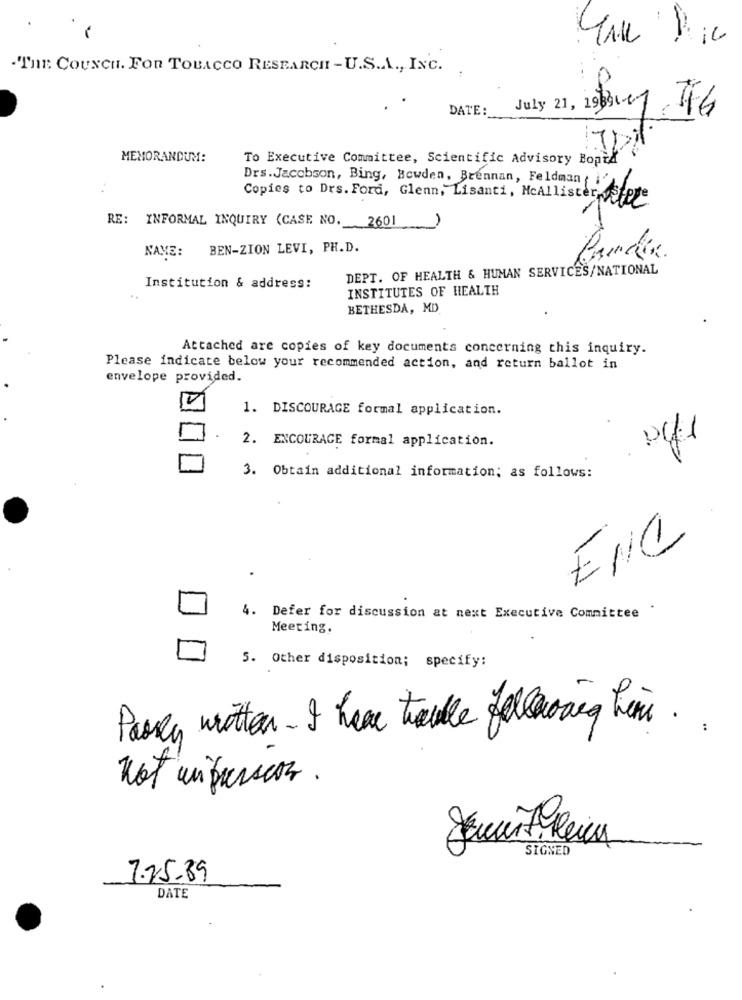
.THE: CoUNCH. FOR TOBACCO RESEARCH - U.S.A ., INC.
DATE:
July 21, 1987 76
IDA
MEMORANDUM:
To Executive Committee, Scientific Advisory Bopia
Drs.Jacobson, Bing, Bowden, Brennan, Feldman ( i
Copies to Drs. Ford, Glenn, Lisanti, McAllisterpostere
RE: INFORMAL INQUIRY (CASE NO. 2601
-
NAME: BEN-ZION LEVI, PH.D.
DEPT. OF HEALTH & HUMAN SERVICES/NATIONAL
Institution & address:
INSTITUTES OF HEALTH
..
BETHESDA, MD
Attached are copies of key documents concerning this inquiry.
Please indicate below your recommended action, and return ballot in
envelope provided.
A1
1. DISCOURAGE formal application.
2. ENCOURAGE formal application.
3. Obtain additional information; as follows:
ENC
4. Defer for discussion at next Executive Committee
Meeting.
5. Other disposition; specify:
Passa written - I have trouble following him ..
not in presscon .
SIGNED
7.25.89
DATE